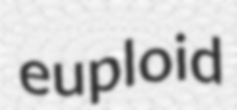
euploid